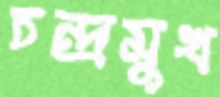
চন্দ্রমুখ